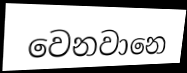
වෙනවානෙ